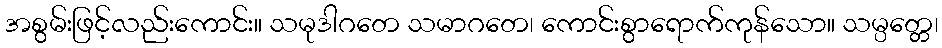
အစွမ်းဖြင့်လည်းကောင်း။ သမုဒါဂတေ သမာဂတေ၊ ကောင်းစွာရောက်ကုန်သော။ သမ္ပတ္တေ၊